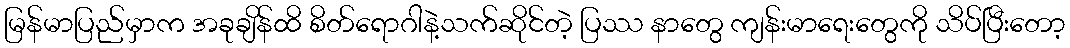
မြန်မာပြည်မှာက အခုချိန်ထိ စိတ်ရောဂါနဲ့သက်ဆိုင်တဲ့ ပြဿ နာတွေ ကျန်းမာရေးတွေကို သိပ်ပြီးတော့